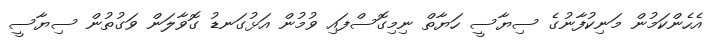
އެހެންކަމުން މަނިކުފާނުގެ ސިޔާސީ ހަޔާތް ނިމިގޮސްފައި ވުމުން އަޅުގަނޑު ގޮވާލަން ވަގުތުން ސިޔާސީ